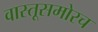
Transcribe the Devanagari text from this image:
वास्तूसमोरच